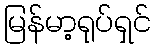
မြန်မာ့ရုပ်ရှင်